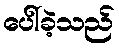
ပေါ်ခဲ့သည်